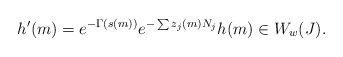
\begin{align*}h'(m) = e^{-\Gamma(s(m))} e^{-\sum z_j(m) N_j} h(m) \in W_w(J).\end{align*}